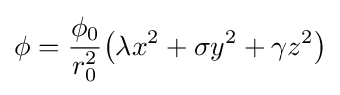
\phi ={\frac {\phi _{0}}{r_{0}^{2}}}{\bigl (}\lambda x^{2}+\sigma y^{2}+\gamma z^{2}{\bigr )}